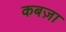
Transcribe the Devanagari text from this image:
कबज़ा